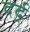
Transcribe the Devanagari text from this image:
दर्द्